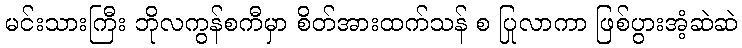
မင်းသားကြီး ဘိုလကွန်စကီမှာ စိတ်အားထက်သန် စ ပြုလာကာ ဖြစ်ပွားအံ့ဆဲဆဲ